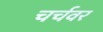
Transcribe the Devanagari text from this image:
चर्चवर